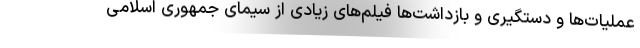
عملیات‌ها و دستگیری و بازداشت‌ها فیلم‌های زیادی از سیمای جمهوری اسلامی